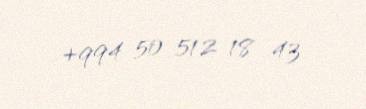
+994 50 512 18 43